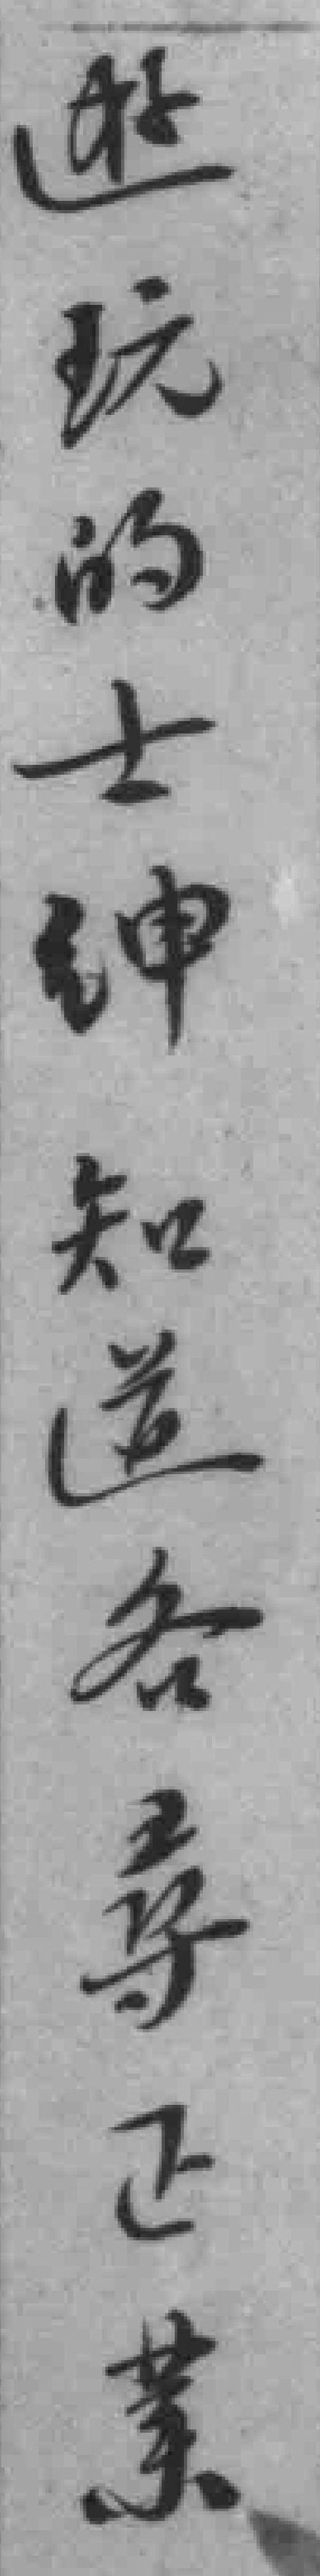
遊玩的士绅知道各尋正業